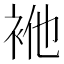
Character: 𮕴